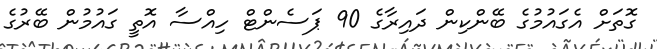
ގޮތަށް އެގައުމުގެ ބޭންކިން ދައިރާގެ 90 ޕަސެންޓް ހިއްސާ އޮތީ ގައުމުން ބޭރުގެ